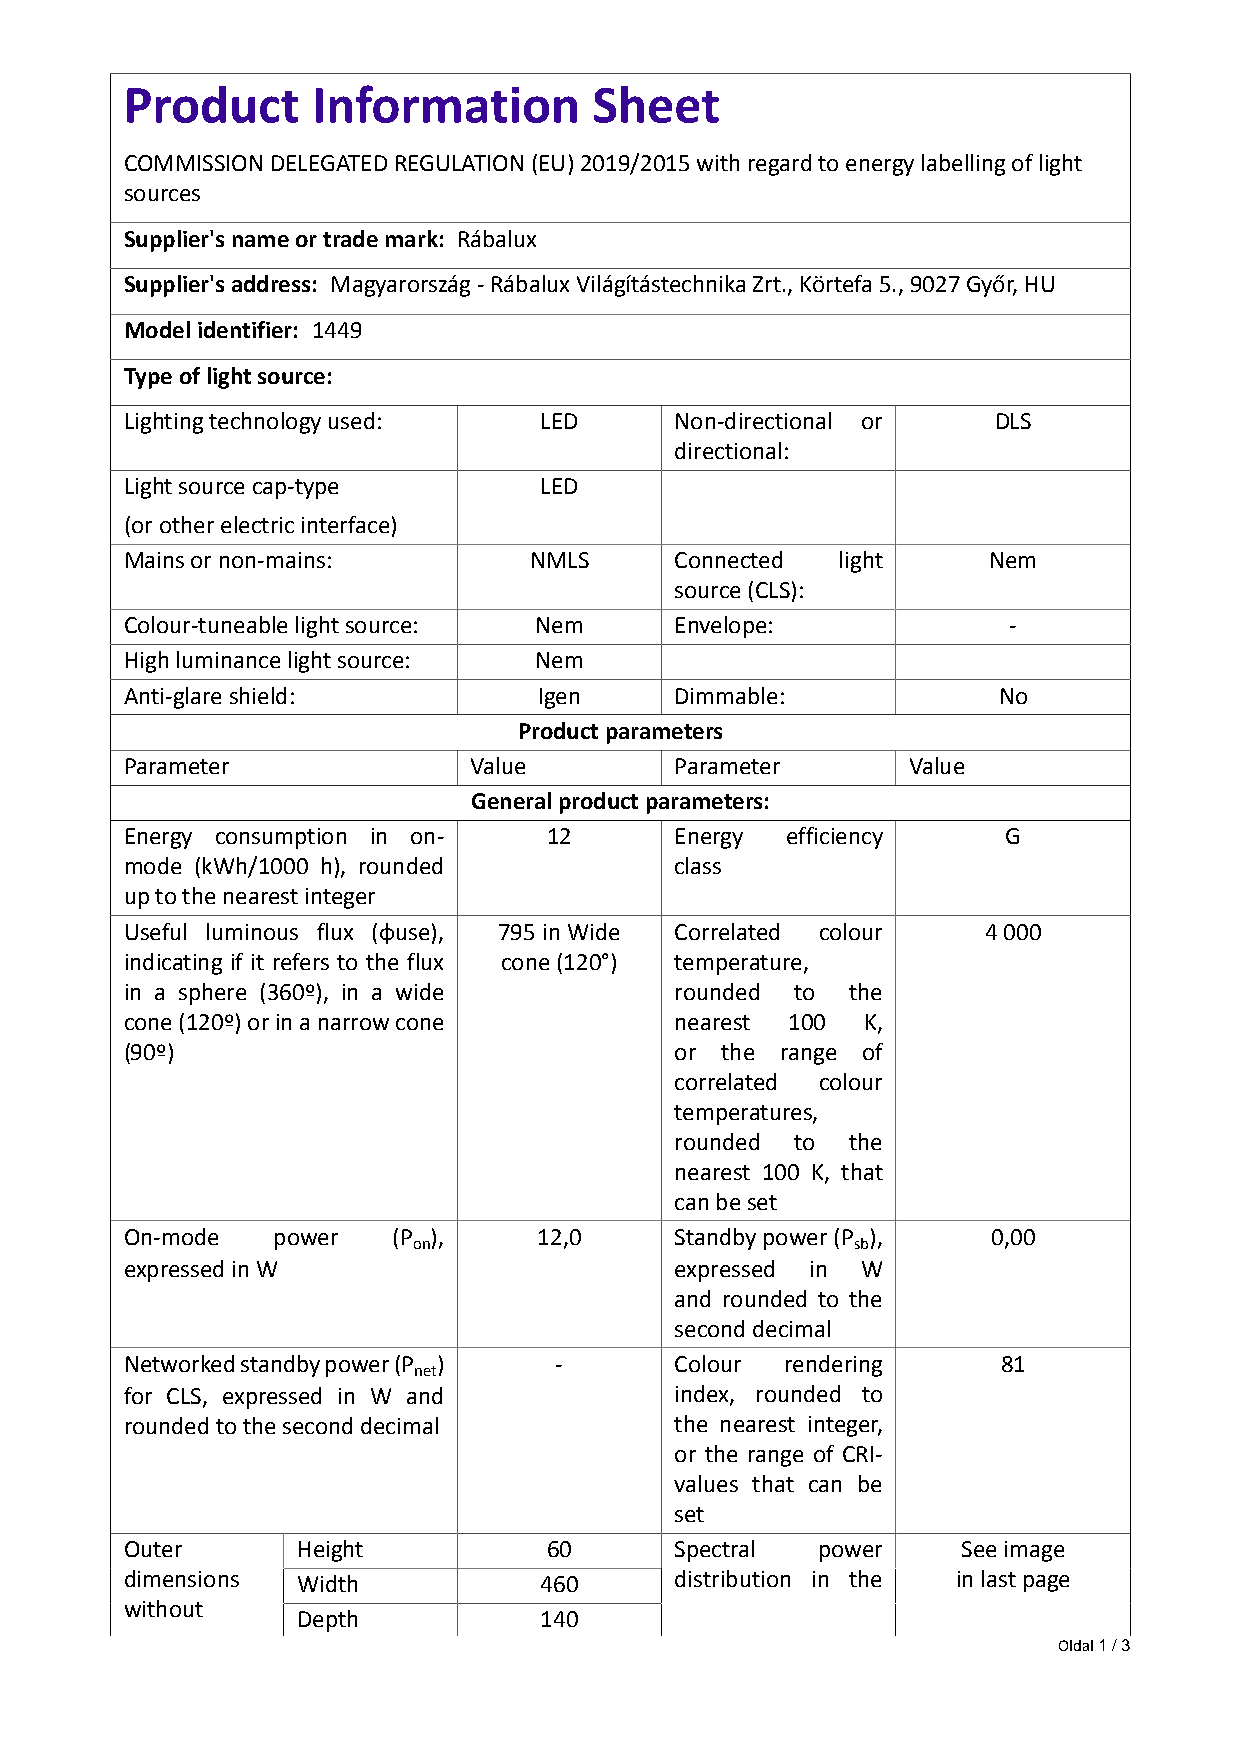
Product      Information       Sheet
 COMMISSION DELEGATED REGULATION (EU) 2019/2015 with regard to energy labelling of light
 sources
 Supplier's name or trade mark: Rábalux
 Supplier's address: Magyarország - Rábalux Világítástechnika Zrt., Körtefa 5., 9027 Győr, HU
 Model identifier: 1449
 Type of light source:
 Lighting technology used:   LED      Non-directional or   DLS
 directional:
 Light source cap-type       LED
 (or other electric interface)
 Mains or non-mains:        NMLS      Connected light     Nem
 source (CLS):
 Colour-tuneable light source: Nem    Envelope:             -
 High luminance light source: Nem
 Anti-glare shield:          Igen     Dimmable:            No
 Product parameters
 Parameter              Value         Parameter      Value
 General product parameters:
 Energy consumption in on-   12       Energy efficiency     G
 mode (kWh/1000 h), rounded           class
 up to the nearest integer
 Useful luminous flux (ɸuse), 795 in Wide Correlated colour 4 000
 indicating if it refers to the flux cone (120°) temperature,
 in a sphere (360º), in a wide        rounded to the
 cone (120º) or in a narrow cone      nearest 100 K,
 (90º)                                or the range of
 correlated colour
 temperatures,
 rounded to the
 nearest 100 K, that
 can be set
 On-mode   power   (P ),     12,0     Standby power (P ),  0,00
 on                           sb
 expressed in W                       expressed in W
 and rounded to the
 second decimal
 Networked standby power (P ) -       Colour rendering     81
 net
 for CLS, expressed in W and          index, rounded to
 rounded to the second decimal        the nearest integer,
 or the range of CRI-
 values that can be
 set
 Outer       Height          60       Spectral power     See image
 dimensions  Width           460      distribution in the in last page
 without
 Depth           140
 Oldal 1 / 3